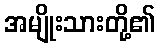
အမျိုးသားတို့၏